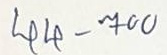
44 - 700